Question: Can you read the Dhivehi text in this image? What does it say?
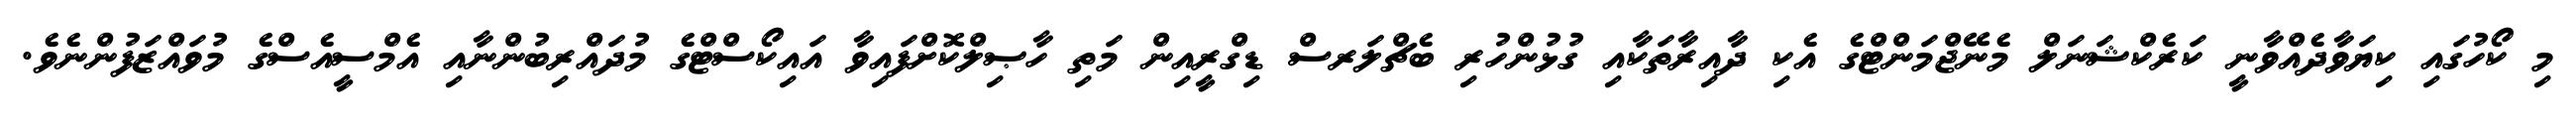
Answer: މި ކޯހުގައި ކިޔަވާދެއްވާނީ ކަރެކްޝަނަލް މެނޭޖްމަންޓްގެ އެކި ދާއިރާތަކާއި ގުޅުންހުރި ބެޗްލަރސް ޑިގްރީއިން މަތި ހާޞިލްކޮށްފައިވާ އައިކޯސްޓްގެ މުދައްރިބުންނާއި އެމްސީއެސްގެ މުވައްޒަފުންނެވެ.